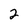
Character: 2